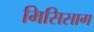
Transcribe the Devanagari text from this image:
मिसिसाग